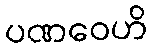
ပဏဝေဟိ